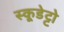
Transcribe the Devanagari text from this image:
स्कूडेट्टो